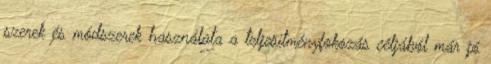
szerek és módszerek használata a teljesítményfokozás céljából már jó